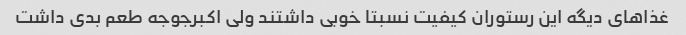
غذاهای دیگه این رستوران کیفیت نسبتا خوبی داشتند ولی اکبرجوجه طعم بدی داشت